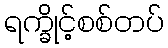
ရက္ခိုင့်စစ်တပ်